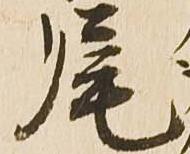
尾